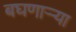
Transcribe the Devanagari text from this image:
बघणाऱ्र्‍या